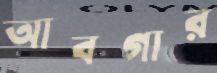
আবগার